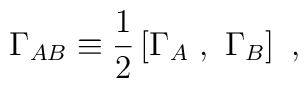
\Gamma_{AB}\equiv{1\over 2}\left[\Gamma_A~,~\Gamma_B\right]~,